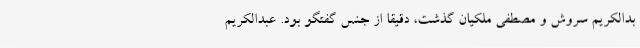
بدالکریم سروش و مصطفی ملکیان گذشت، دقیقاً از جنس گفتگو بود. عبدالکریم